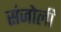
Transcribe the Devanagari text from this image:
संजोली